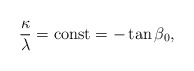
\begin{align*}\frac{\kappa}{\lambda} = {\rm const} = -\tan{\beta_0} ,\end{align*}